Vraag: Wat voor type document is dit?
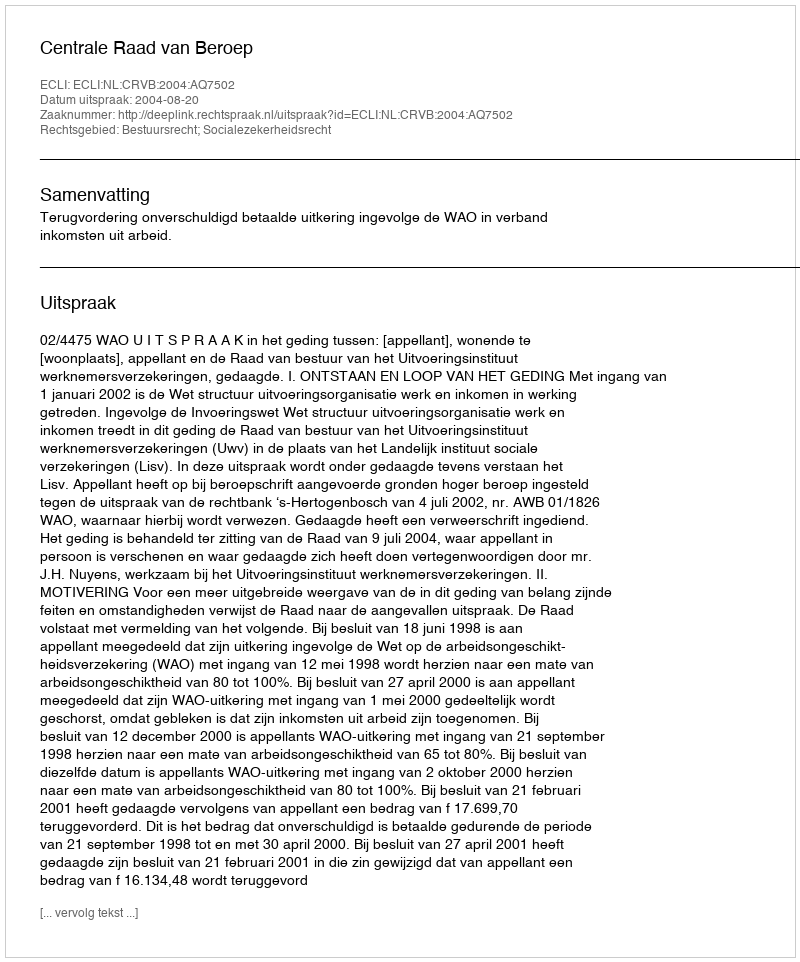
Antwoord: Uitspraak